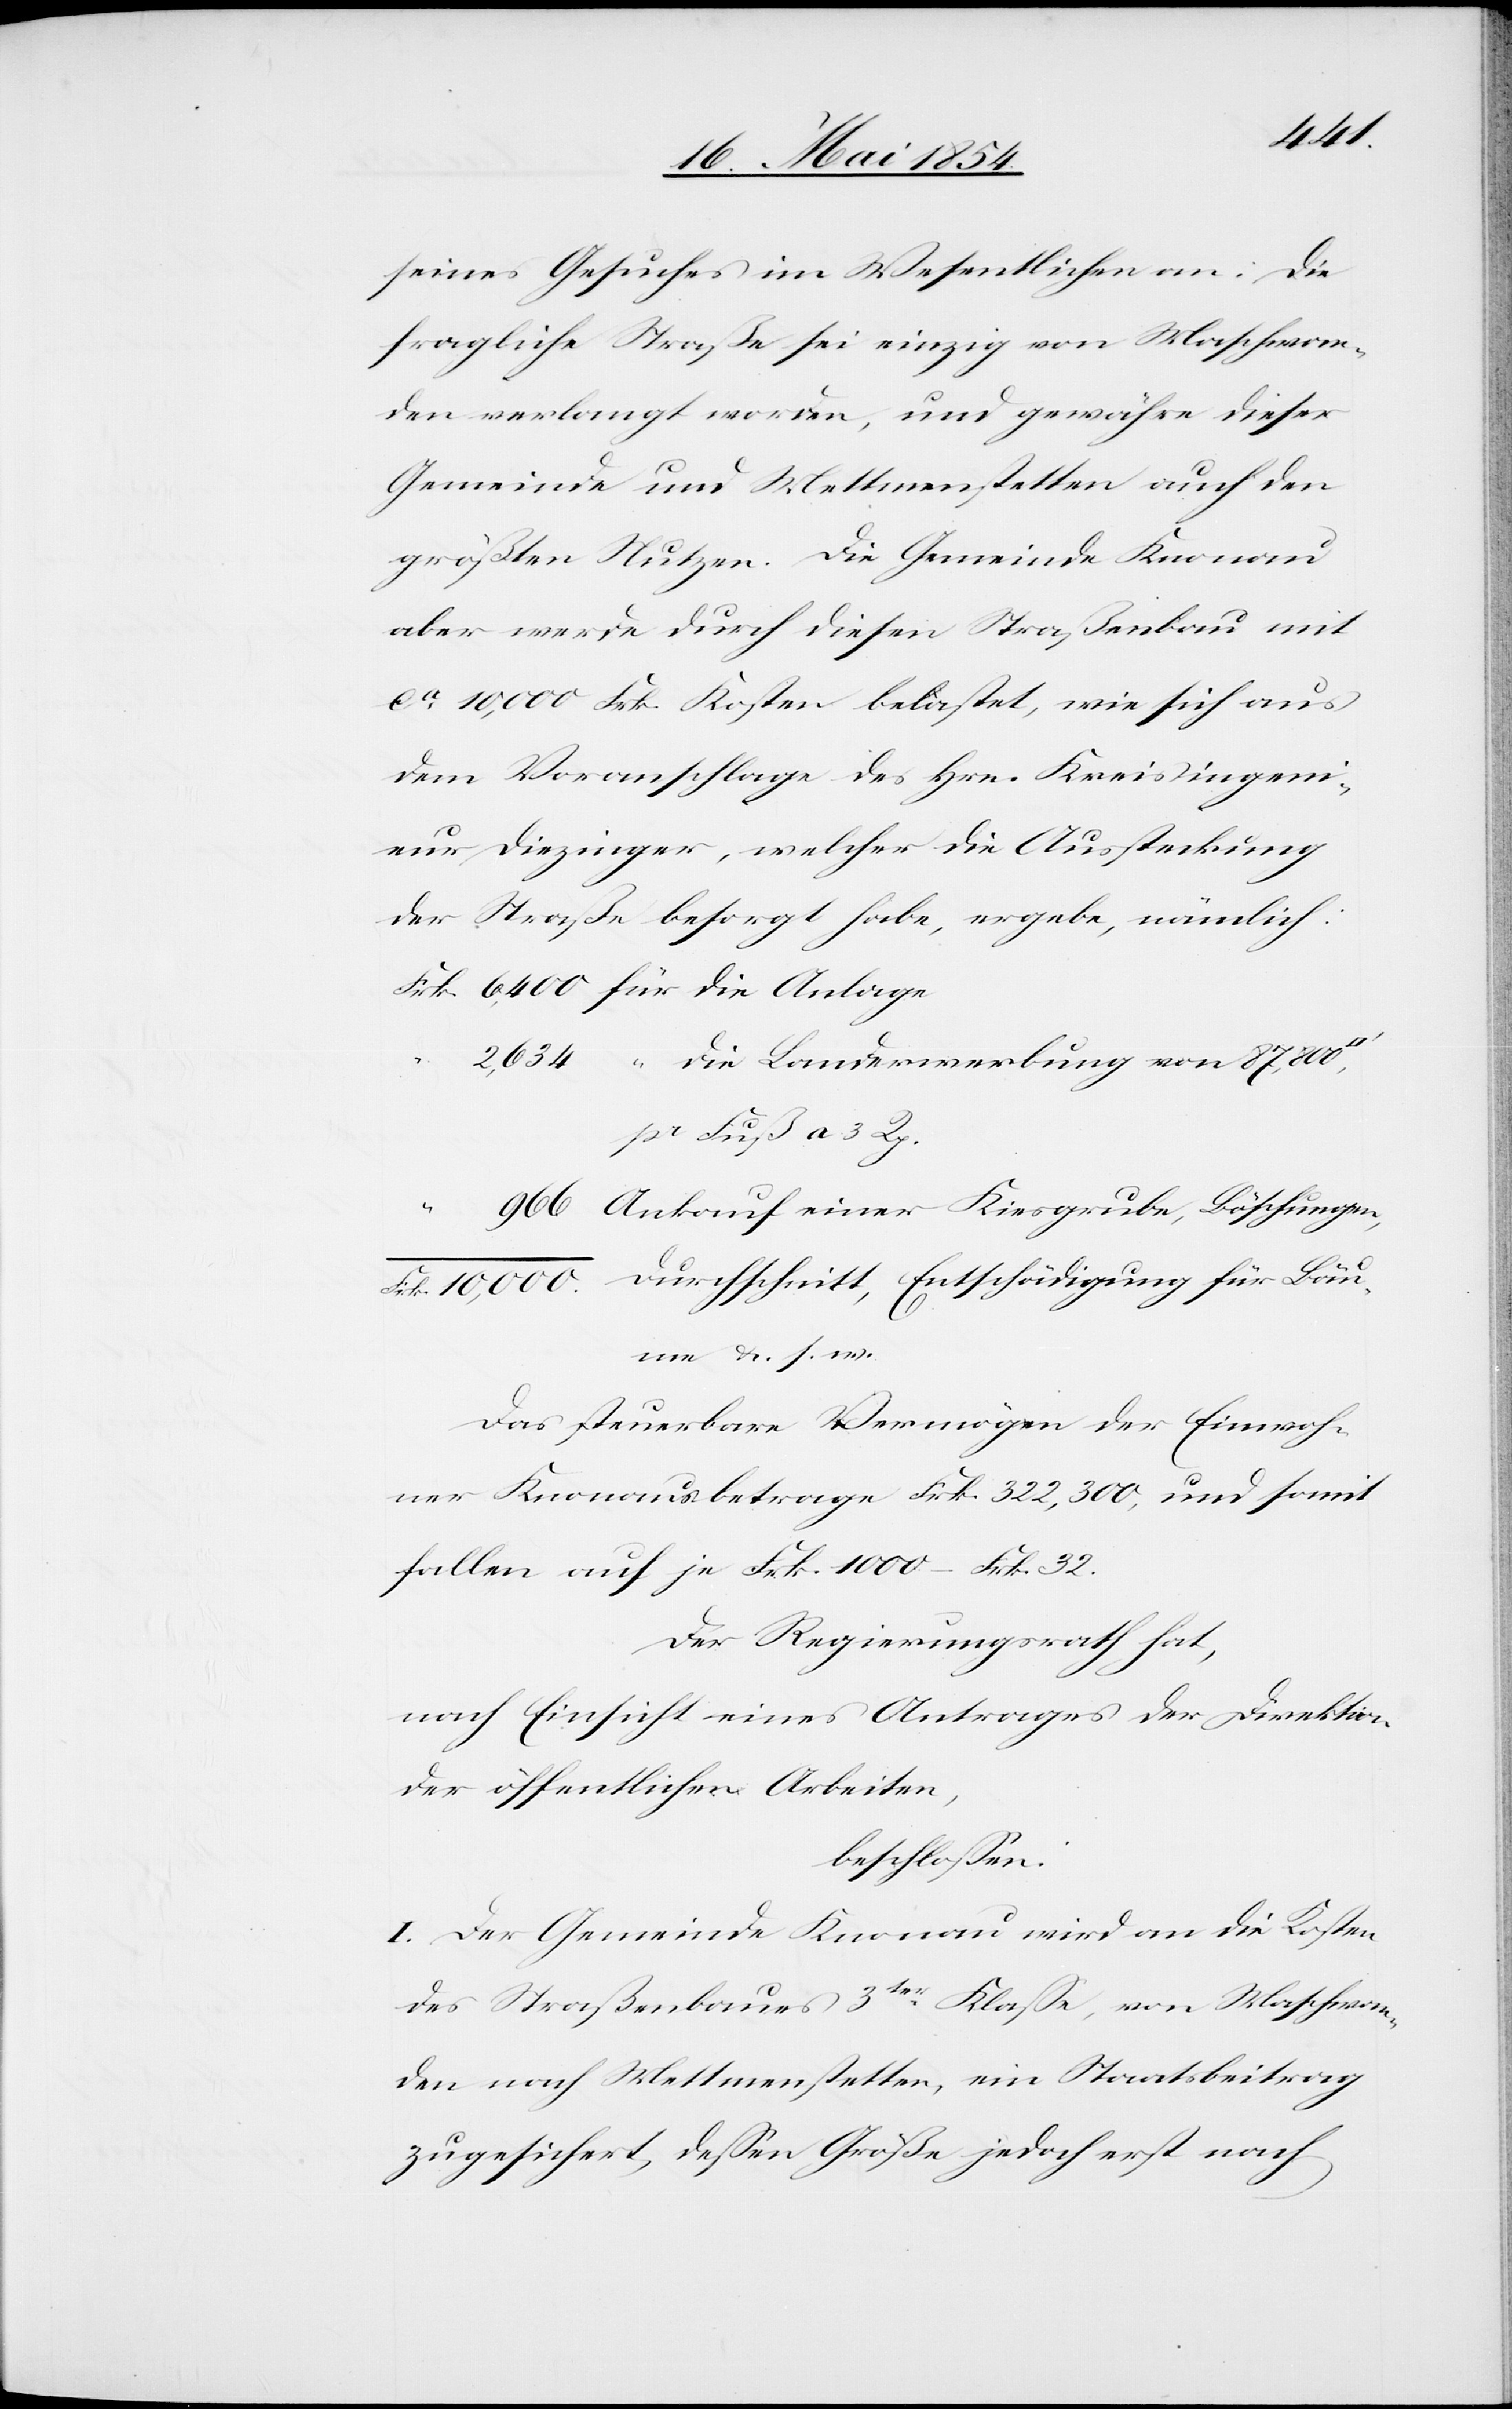
seines Gesuches im Wesentlichen an: Die
fragliche Straße sei einzig von Maschwan¬
den verlangt worden, und gewähre dieser
Gemeinde und Mettmenstetten auch den
größten Nutzen. Die Gemeinde Knonau
aber werde durch diesen Straßenbau mit
ca 10,000 Frk. Kosten belastet, wie sich aus
dem Voranschlage des Hrn. Kreisingeni¬
eur Diezinger, welcher die Aussteckung
der Straße besorgt habe, ergebe, nämlich:
“ die Landerwerbung von 87,800
pr. Fuß a. 3 Rp.
Ankauf einer Kiesgrube, Böschungen,
Bäume u. s. w.
Das steuerbare Vermögen der Einwoh¬
ner Knonaus betrage Frk. 322,300, und somit
fallen auf je Frk. 1000.– Frk. 32.
Der Regierungsrath hat,
nach Einsicht eines Antrages der Direktion
der öffentlichen Arbeiten,
beschloßen:
I. Der Gemeinde Knonau wird an die Kosten
des Straßenbaues 3tr Klaße, von Maschwan¬
den nach Mettmenstetten, ein Staatsbeitrag
zugesichert, deßen Größe jedoch erst nach